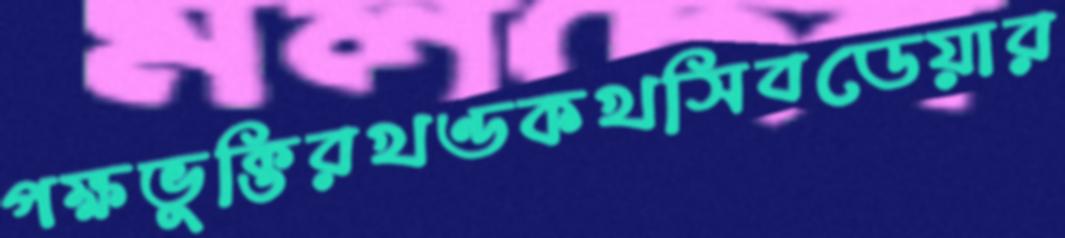
পক্ষভুক্তিরখণ্ডকখসিবডেয়ার